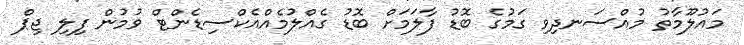
މައުލޫމާތު މުއްސަނދިވި ގަމުގެ ބޮޑު ފާލަމަށް ބޮޑު ގެއްލުމެއްއެކްސިޑެންޓް ވުމުން ފިލި ޖިޕް